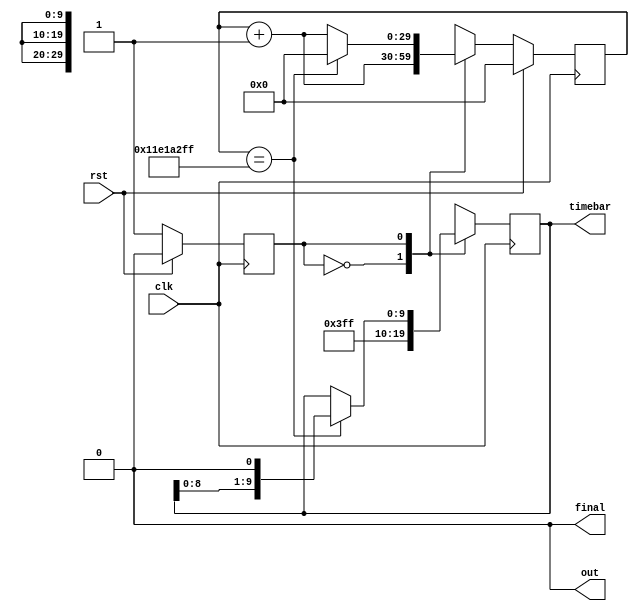
module timer_10 (
    input clk,
    input rst,
    output reg out,
    output reg [9:0] timebar,
    output reg final
  );
  
  
  
  reg [29:0] M_countdown_d, M_countdown_q = 1'h0;
  localparam FIRST_ITR_newfsm = 1'd0;
  localparam SECOND_ITR_newfsm = 1'd1;
  
  reg M_newfsm_d, M_newfsm_q = FIRST_ITR_newfsm;
  reg [9:0] M_time_store_d, M_time_store_q = 1'h0;
  
  always @* begin
    M_newfsm_d = M_newfsm_q;
    M_countdown_d = M_countdown_q;
    M_time_store_d = M_time_store_q;
    
    out = 1'h0;
    final = 1'h0;
    timebar = M_time_store_q;
    M_countdown_d = M_countdown_q + 1'h1;
    
    case (M_newfsm_q)
      FIRST_ITR_newfsm: begin
        M_time_store_d = 10'h3ff;
        M_newfsm_d = SECOND_ITR_newfsm;
      end
      SECOND_ITR_newfsm: begin
        if (M_countdown_q == 29'h11e1a2ff) begin
          M_time_store_d = M_time_store_q << 1'h1;
          timebar = M_time_store_q;
          M_countdown_d = 1'h0;
        end else begin
          M_time_store_d = M_time_store_q;
        end
      end
    endcase
  end
  
  always @(posedge clk) begin
    M_time_store_q <= M_time_store_d;
    
    if (rst == 1'b1) begin
      M_countdown_q <= 1'h0;
      M_newfsm_q <= 1'h0;
    end else begin
      M_countdown_q <= M_countdown_d;
      M_newfsm_q <= M_newfsm_d;
    end
  end
  
endmodule